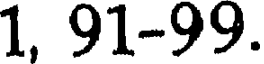
1, 91-99.